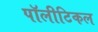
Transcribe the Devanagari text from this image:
पॉलीटिकल